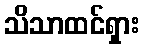
သိသာထင်ရှား